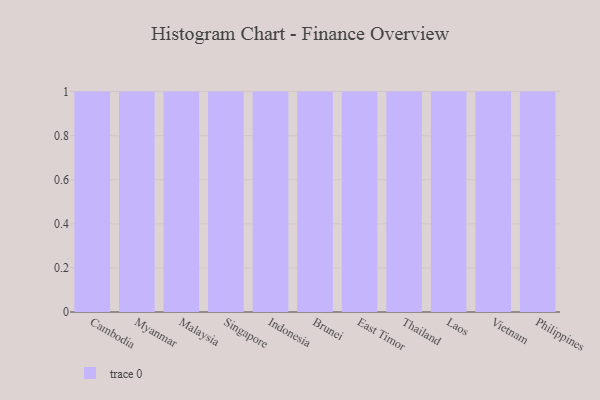
{"axis": {"x": "Country", "y": "Customer Acquisition Cost (USD)"}, "legend": [""], "data": [{"x": "Cambodia", "y": 76, "type": ""}, {"x": "Myanmar", "y": 59, "type": ""}, {"x": "Malaysia", "y": 67, "type": ""}, {"x": "Singapore", "y": 36, "type": ""}, {"x": "Indonesia", "y": 34, "type": ""}, {"x": "Brunei", "y": 70, "type": ""}, {"x": "East Timor", "y": 39, "type": ""}, {"x": "Thailand", "y": 3, "type": ""}, {"x": "Laos", "y": 21, "type": ""}, {"x": "Vietnam", "y": 14, "type": ""}, {"x": "Philippines", "y": 95, "type": ""}]}